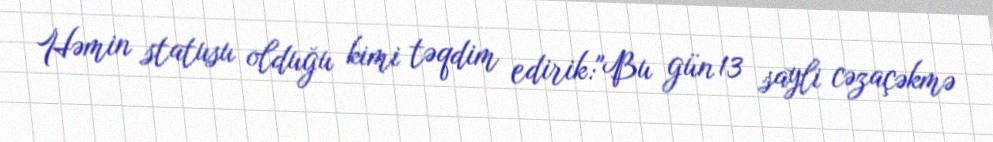
Həmin statusu olduğu kimi təqdim edirik:"Bu gün 13 sayli cəzaçəkmə